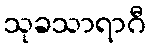
သုခသာရာဂီ